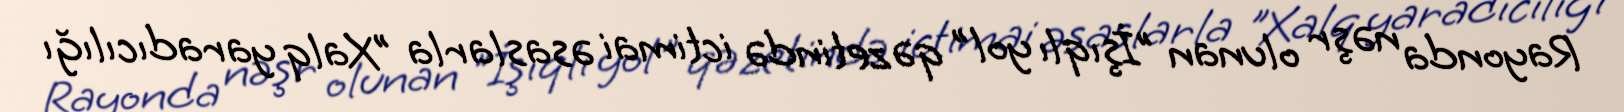
Rayonda nəşr olunan "İşıqlı yol" qəzetində ictimai əsaslarla "Xalq yaradıcılığı